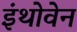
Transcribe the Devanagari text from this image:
इंथोवेन